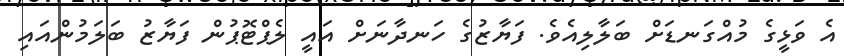
އެ ވަޅީގެ މުއްގަނޑަށް ބަލާލިއެވެ. ފަޔާޒުގެ ހަނދާނަށް އައީ ލެޕްޓޮޕުން ފަޔާޒު ބަލަމުންއައި